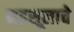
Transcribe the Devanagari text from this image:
महसूलाचे